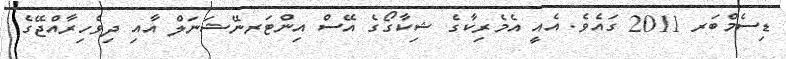
ޑިސެމްބަރ 2011 ގައެވެ. އެއީ އެމެރިކާގެ ޝިކާގޯގެ އޭސް އިންޓަރނޭޝަނަލް އާއި ދިވެހިރާއްޖޭގެ